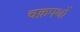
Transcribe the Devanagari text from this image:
चक्रपथों